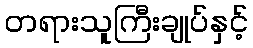
တရားသူကြီးချုပ်နှင့်